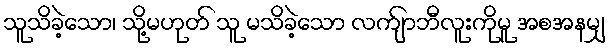
သူသိခဲ့သော၊ သို့မဟုတ် သူ မသိခဲ့သော လက်ျာဘီလူးကိုမူ အစအနမျှ